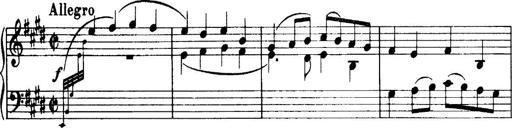
Title: 3 Sonatinas, Op.67
Composer: Jean Sibelius